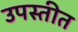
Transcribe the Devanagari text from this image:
उपस्तीत